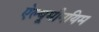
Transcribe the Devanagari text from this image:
ऐल्यूमीनयिम